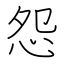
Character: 怨